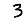
Digit: 3